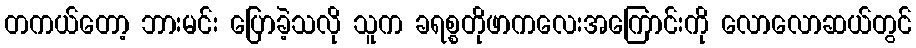
တကယ်တော့ ဘားမင်း ပြောခဲ့သလို သူက ခရစ္စတိုဖာကလေးအကြောင်းကို လောလောဆယ်တွင်